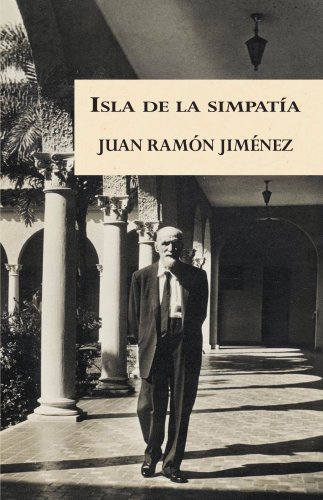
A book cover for Isla de la simpatia (Spanish Edition); Juan Ramon Jimenez; Travel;